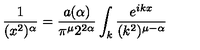
\frac { 1 } { ( x ^ { 2 } ) ^ { \alpha } } = \frac { a ( \alpha ) } { \pi ^ { \mu } 2 ^ { 2 \alpha } } \int _ { k } \frac { e ^ { i k x } } { ( k ^ { 2 } ) ^ { \mu - \alpha } }